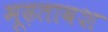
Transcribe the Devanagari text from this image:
मूढ़तावश